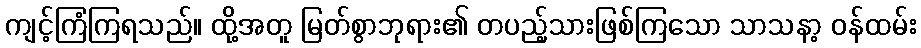
ကျင့်ကြံကြရသည်။ ထို့အတူ မြတ်စွာဘုရား၏ တပည့်သားဖြစ်ကြသော သာသနာ့ ဝန်ထမ်း